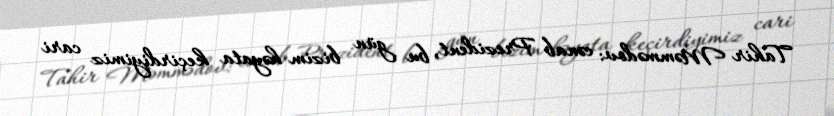
Tahir Məmmədov: cənab Prezident, bu gün bizim həyata keçirdiyimiz cari